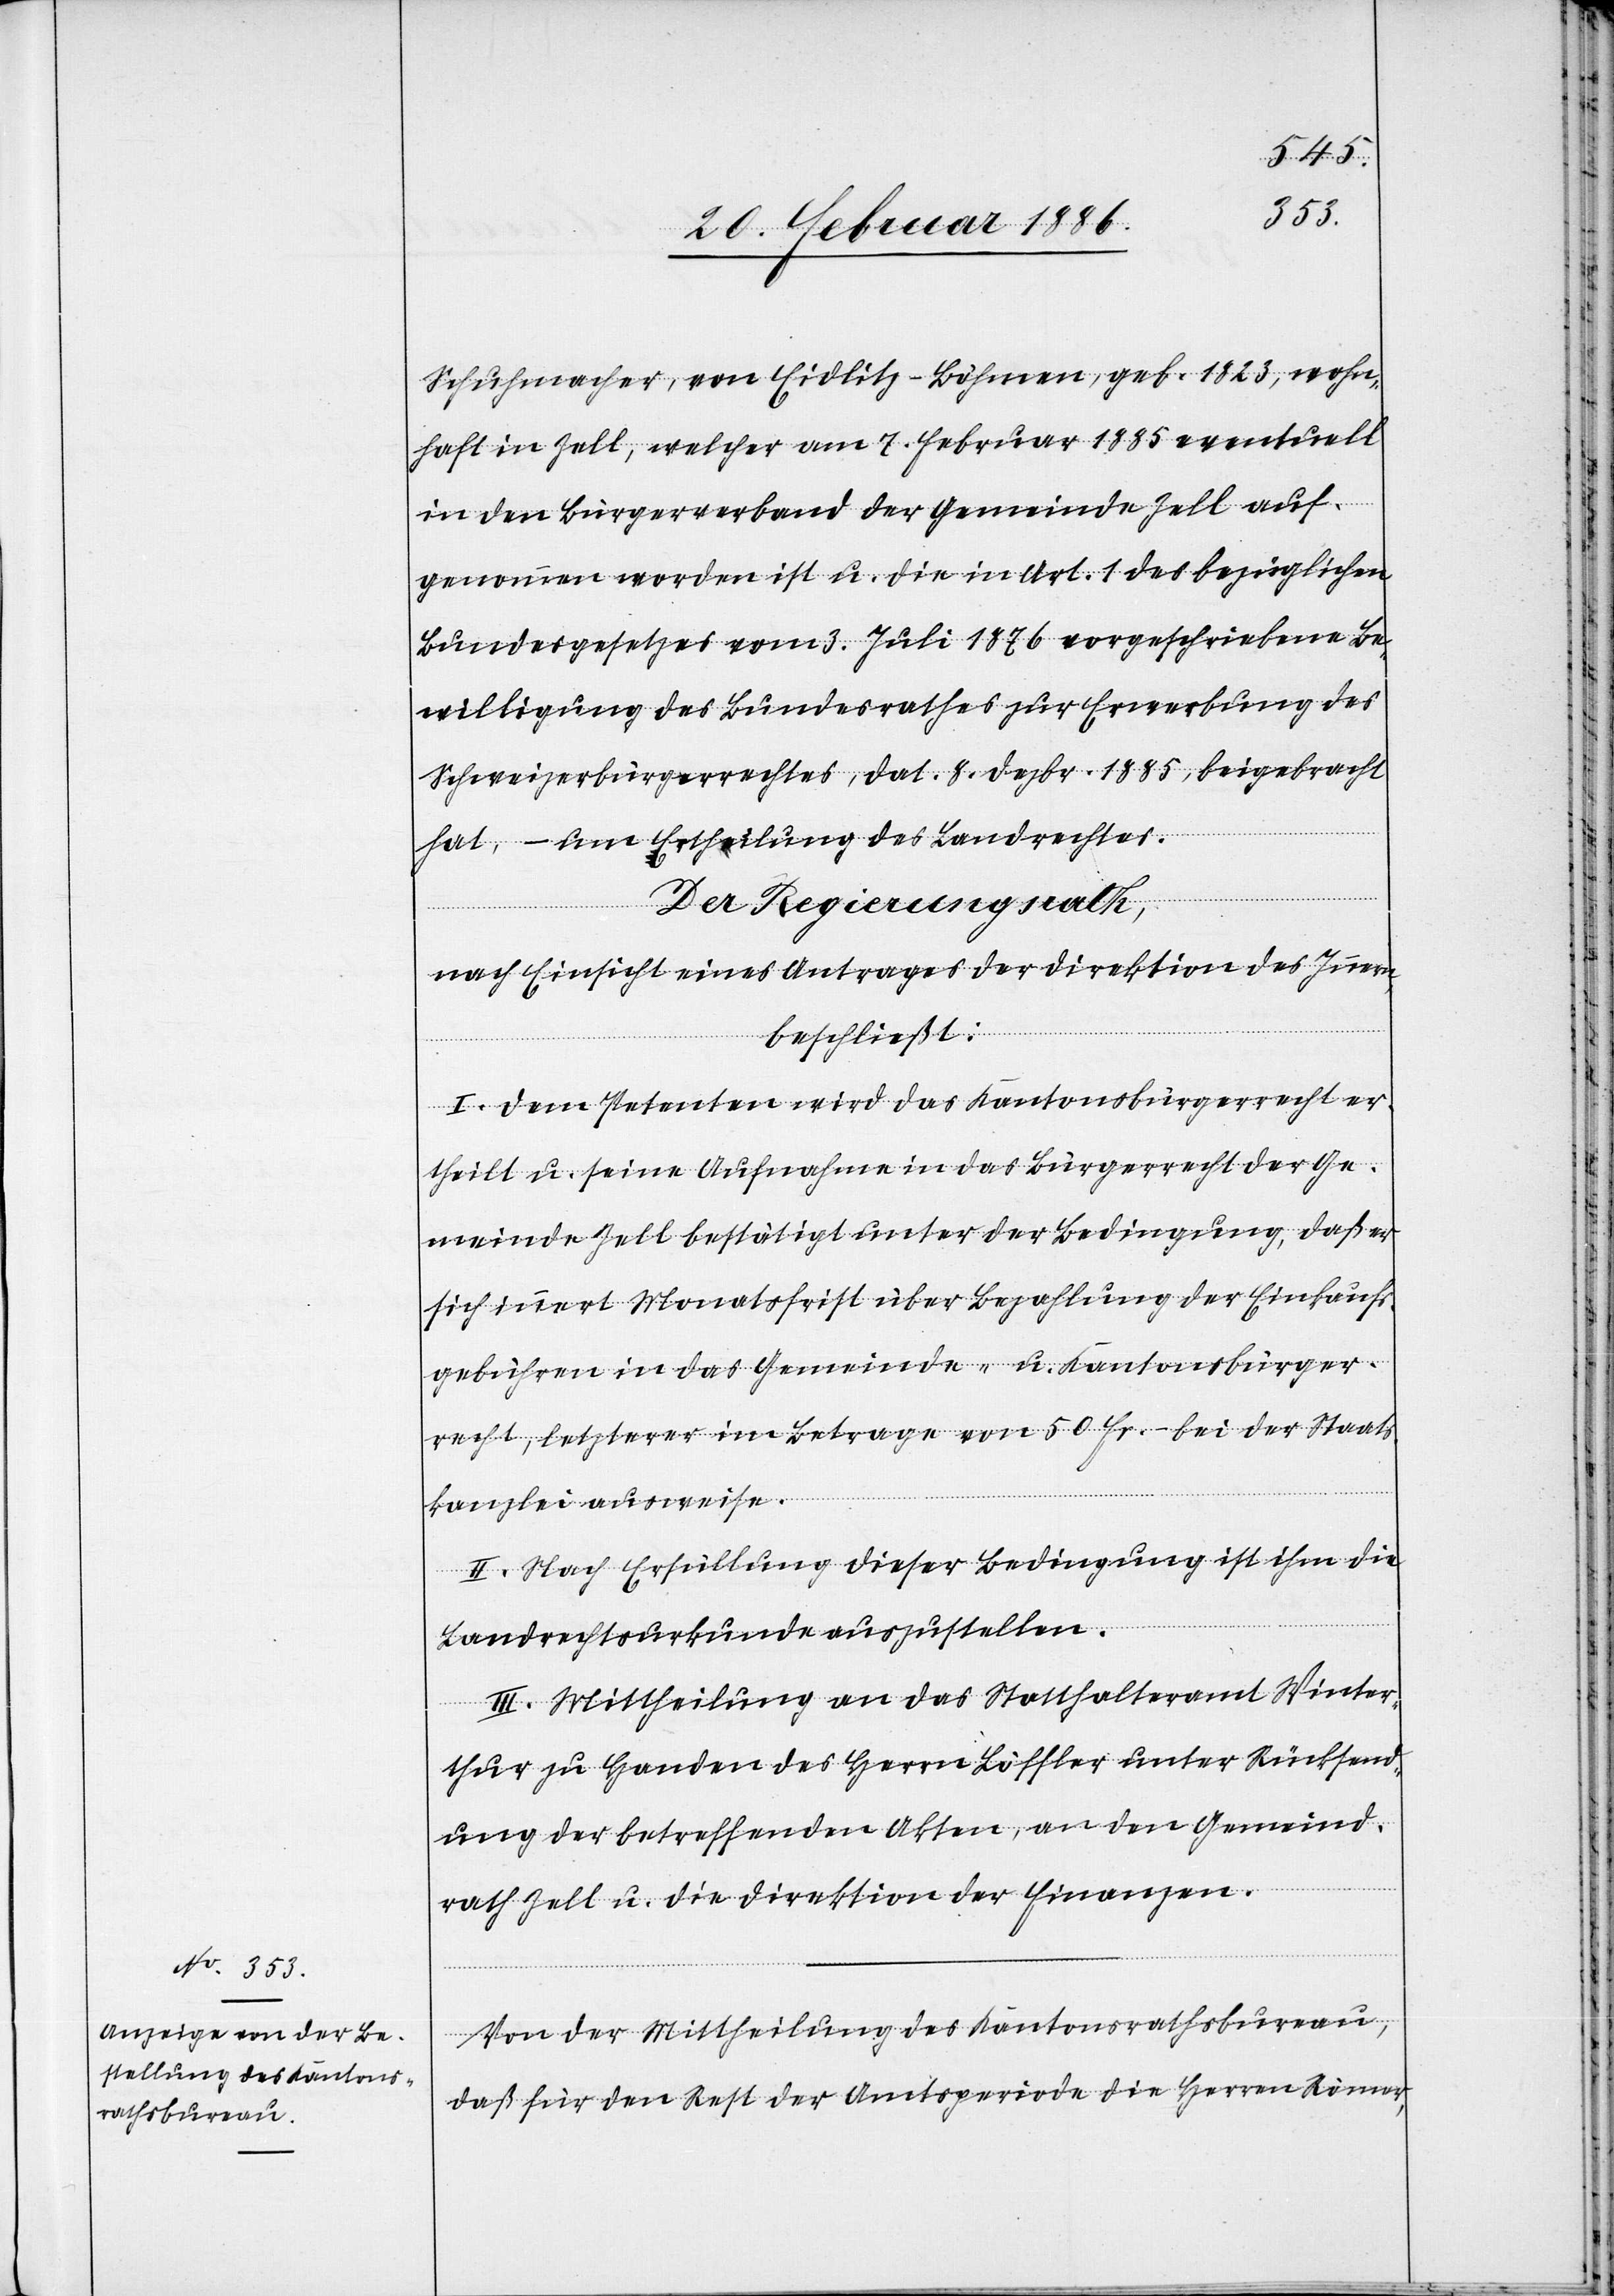
Schuhmacher, von Eidlitz - Böhmen, geb. 1823, wohn¬
haft in Zell, welcher am 7. Februar 1885 eventuell
in den Bürgerverband der Gemeinde Zell auf¬
genommen worden ist u. die in Art. 1 des bezüglichen
Bundesgesetzes vom 3. Juli 1876 vorgeschriebene Be¬
willigung des Bundesrathes zur Erwerbung des
Schweizerbürgerrechtes, dat. 8. Dezbr. 1885, beigebracht
hat, – um Ertheilung des Landrechtes.
Der Regierungsrath,
nach Einsicht eines Antrages der Direktion des Innern,
beschließt:
I. Dem Petenten wird das Kantonsbürgerrecht er¬
theilt u. seine Aufnahme in das Bürgerrecht der Ge¬
meinde Zell bestätigt unter der Bedingung, daß er
sich innert Monatsfrist über Bezahlung der Einkaufs¬
gebühren in das Gemeinde- u. Kantonsbürger¬
recht, letztere im Betrage von 50 Fr. bei der Staats¬
kanzlei ausweise.
II. Nach Erfüllung dieser Bedingung ist ihm die
Landrechtsurkunde auszustellen.
III. Mittheilung an das Statthalteramt Winter¬
thur zu Handen des Herrn Löffler unter Rücksend¬
ung der betreffenden Akten, an den Gemeind¬
rath Zell u. die Direktion der Finanzen.
Von der Mittheilung des Kantonsrathsbureau,
daß für den Rest der Amtsperiode die Herren Römer,